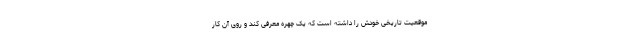
موقعیت تاریخی خودش را داشته است که یک چهره معرفی کند و روی آن کار